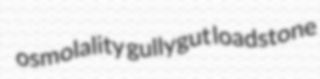
osmolality gullygut loadstone